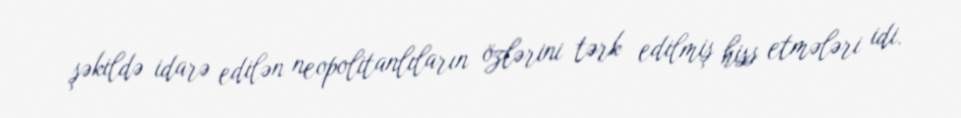
şəkildə idarə edilən neopolitanlıların özlərini tərk edilmiş hiss etmələri idi.